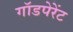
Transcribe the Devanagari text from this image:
गॉडपेरेंट